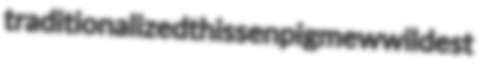
traditionalized thissen pigmew wildest